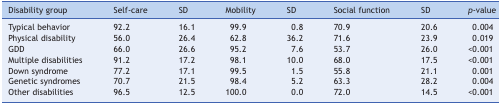
| Disability group | Self-care | SD | Mobility | SD | Social function | SD | p-value |
 | --- | --- | --- | --- | --- | --- | --- | --- |
 | Typical behavior | 92.2 | 16.1 | 99.9 | 0.8 | 70.9 | 20.6 | 0.004 |
 | Physical disability | 56.0 | 26.4 | 62.8 | 36.2 | 71.6 | 23.9 | 0.019 |
 | GDD | 66.0 | 26.6 | 95.2 | 7.6 | 53.7 | 26.0 | <0.001 |
 | Multiple disabilities | 91.2 | 17.2 | 98.1 | 10.0 | 68.0 | 17.5 | <0.001 |
 | Down syndrome | 77.2 | 17.1 | 99.5 | 1.5 | 55.8 | 21.1 | 0.001 |
 | Genetic syndromes | 70.7 | 21.5 | 98.4 | 5.2 | 63.3 | 28.2 | 0.004 |
 | Other disabilities | 96.5 | 12.5 | 100.0 | 0.0 | 72.0 | 14.5 | <0.001 |